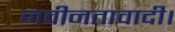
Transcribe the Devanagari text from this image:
नवीनतावादी।